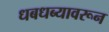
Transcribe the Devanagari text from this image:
धबधब्यावरून